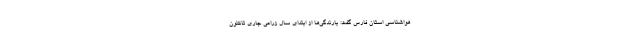
هواشناسی استان فارس گفت: بارندگی‌ها از ابتدای سال زراعی جاری تاکنون